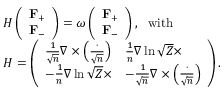
\begin{array} { r l } & { H \left( \begin{array} { l } { \mathbf { F } _ { + } } \\ { \mathbf { F } _ { - } } \end{array} \right) = \omega \left( \begin{array} { l } { \mathbf { F } _ { + } } \\ { \mathbf { F } _ { - } } \end{array} \right) , ~ ~ \mathrm { w i t h } ~ ~ } \\ & { H = \left( \begin{array} { l l } { \frac { 1 } { \sqrt { n } } \nabla \times \left( \frac { \cdot } { \sqrt { n } } \right) } & { \frac { 1 } { n } \nabla \ln \sqrt { Z } \times } \\ { - \frac { 1 } { n } \nabla \ln \sqrt { Z } \times } & { - \frac { 1 } { \sqrt { n } } \nabla \times \left( \frac { \cdot } { \sqrt { n } } \right) } \end{array} \right) . } \end{array}